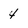
Character: 4